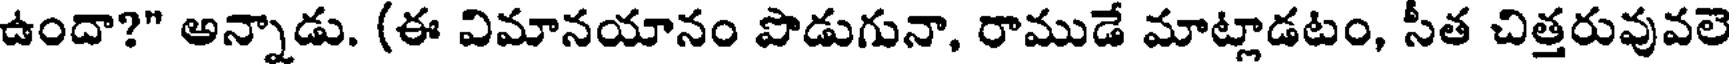
ఉందా?" అన్నాడు. (ఈ విమానయానం పొడుగునా, రాముడే మాట్లాడటం, సీత చిత్తరువువలె